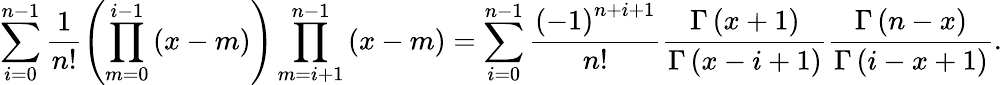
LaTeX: \sum_{i=0}^{n-1}\frac{1}{n!}\left(\prod_{m=0}^{i-1}\left(x-m\right)\right)\prod_{m=i+1}^{n-1}\left(x-m\right)=\sum_{i=0}^{n-1}\frac{\left(-1\right)^{n+i+1}}{n!}\frac{\Gamma\left(x+1\right)}{\Gamma\left(x-i+1\right)}\frac{\Gamma\left(n-x\right)}{\Gamma\left(i-x+1\right)}.